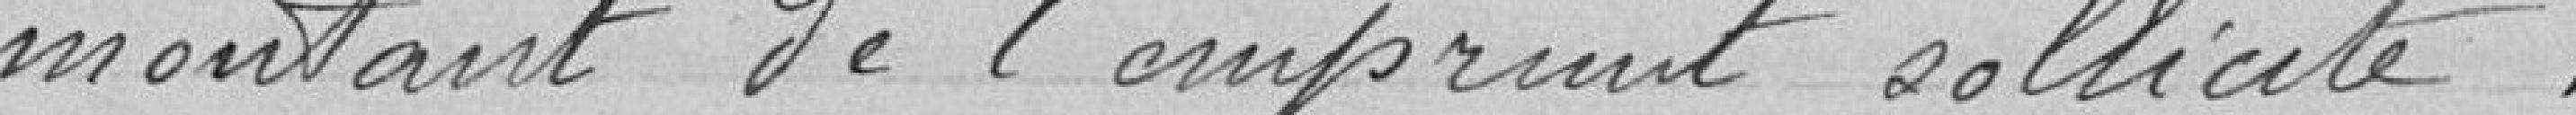
montant de l'emprunt sollicité.